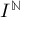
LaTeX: I ^ { \mathbb { N } }